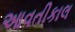
આવતીકાલ